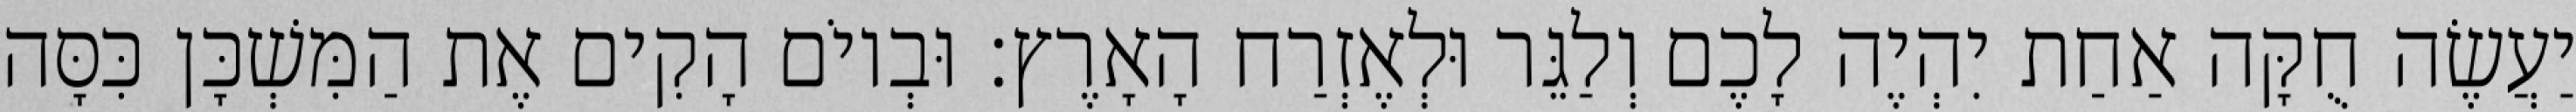
יַעֲשֶׂה חֻקָּה אַחַת יִהְיֶה לָכֶם וְלַגֵּר וּלְאֶזְרַח הָאָרֶץ׃ וּבְיוֹם הָקִים אֶת הַמִּשְׁכָּן כִּסָּה